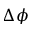
\Delta \phi